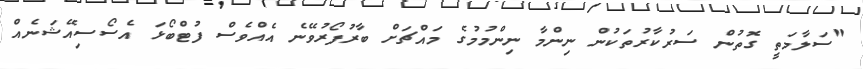
"ސަލާމަތީ ގޮތުން ސަރުކާރުތަކުން ނިންމާ ނިންމުމުގެ މައްޗަށް ބާރުފޯރުވޭނެ އެއްވެސް ފުޓްބޯޅަ އެސޯސިއޭޝަނެއް